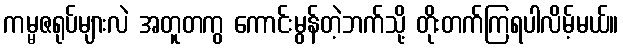
ကမ္မဇရုပ်များလဲ အတူတကွ ကောင်းမွန်တဲ့ဘက်သို့ တိုးတက်ကြရပါလိမ့်မယ်။